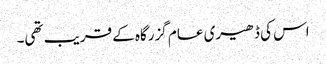
اس کی ڈھیری عام گزرگاہ کے قریب تھی۔